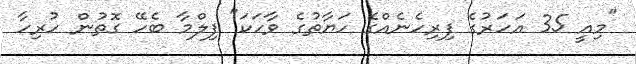
"މިއީ 35 އަހަރުގެ ފިރިހެނެއްގެ ހަޔާތުގެ ވާހަކަ" ފިލްމާ ބެހޭ ގޮތުން ހުރިހާ